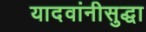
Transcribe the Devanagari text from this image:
यादवांनीसुद्धा